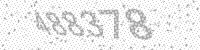
Solution: 488378